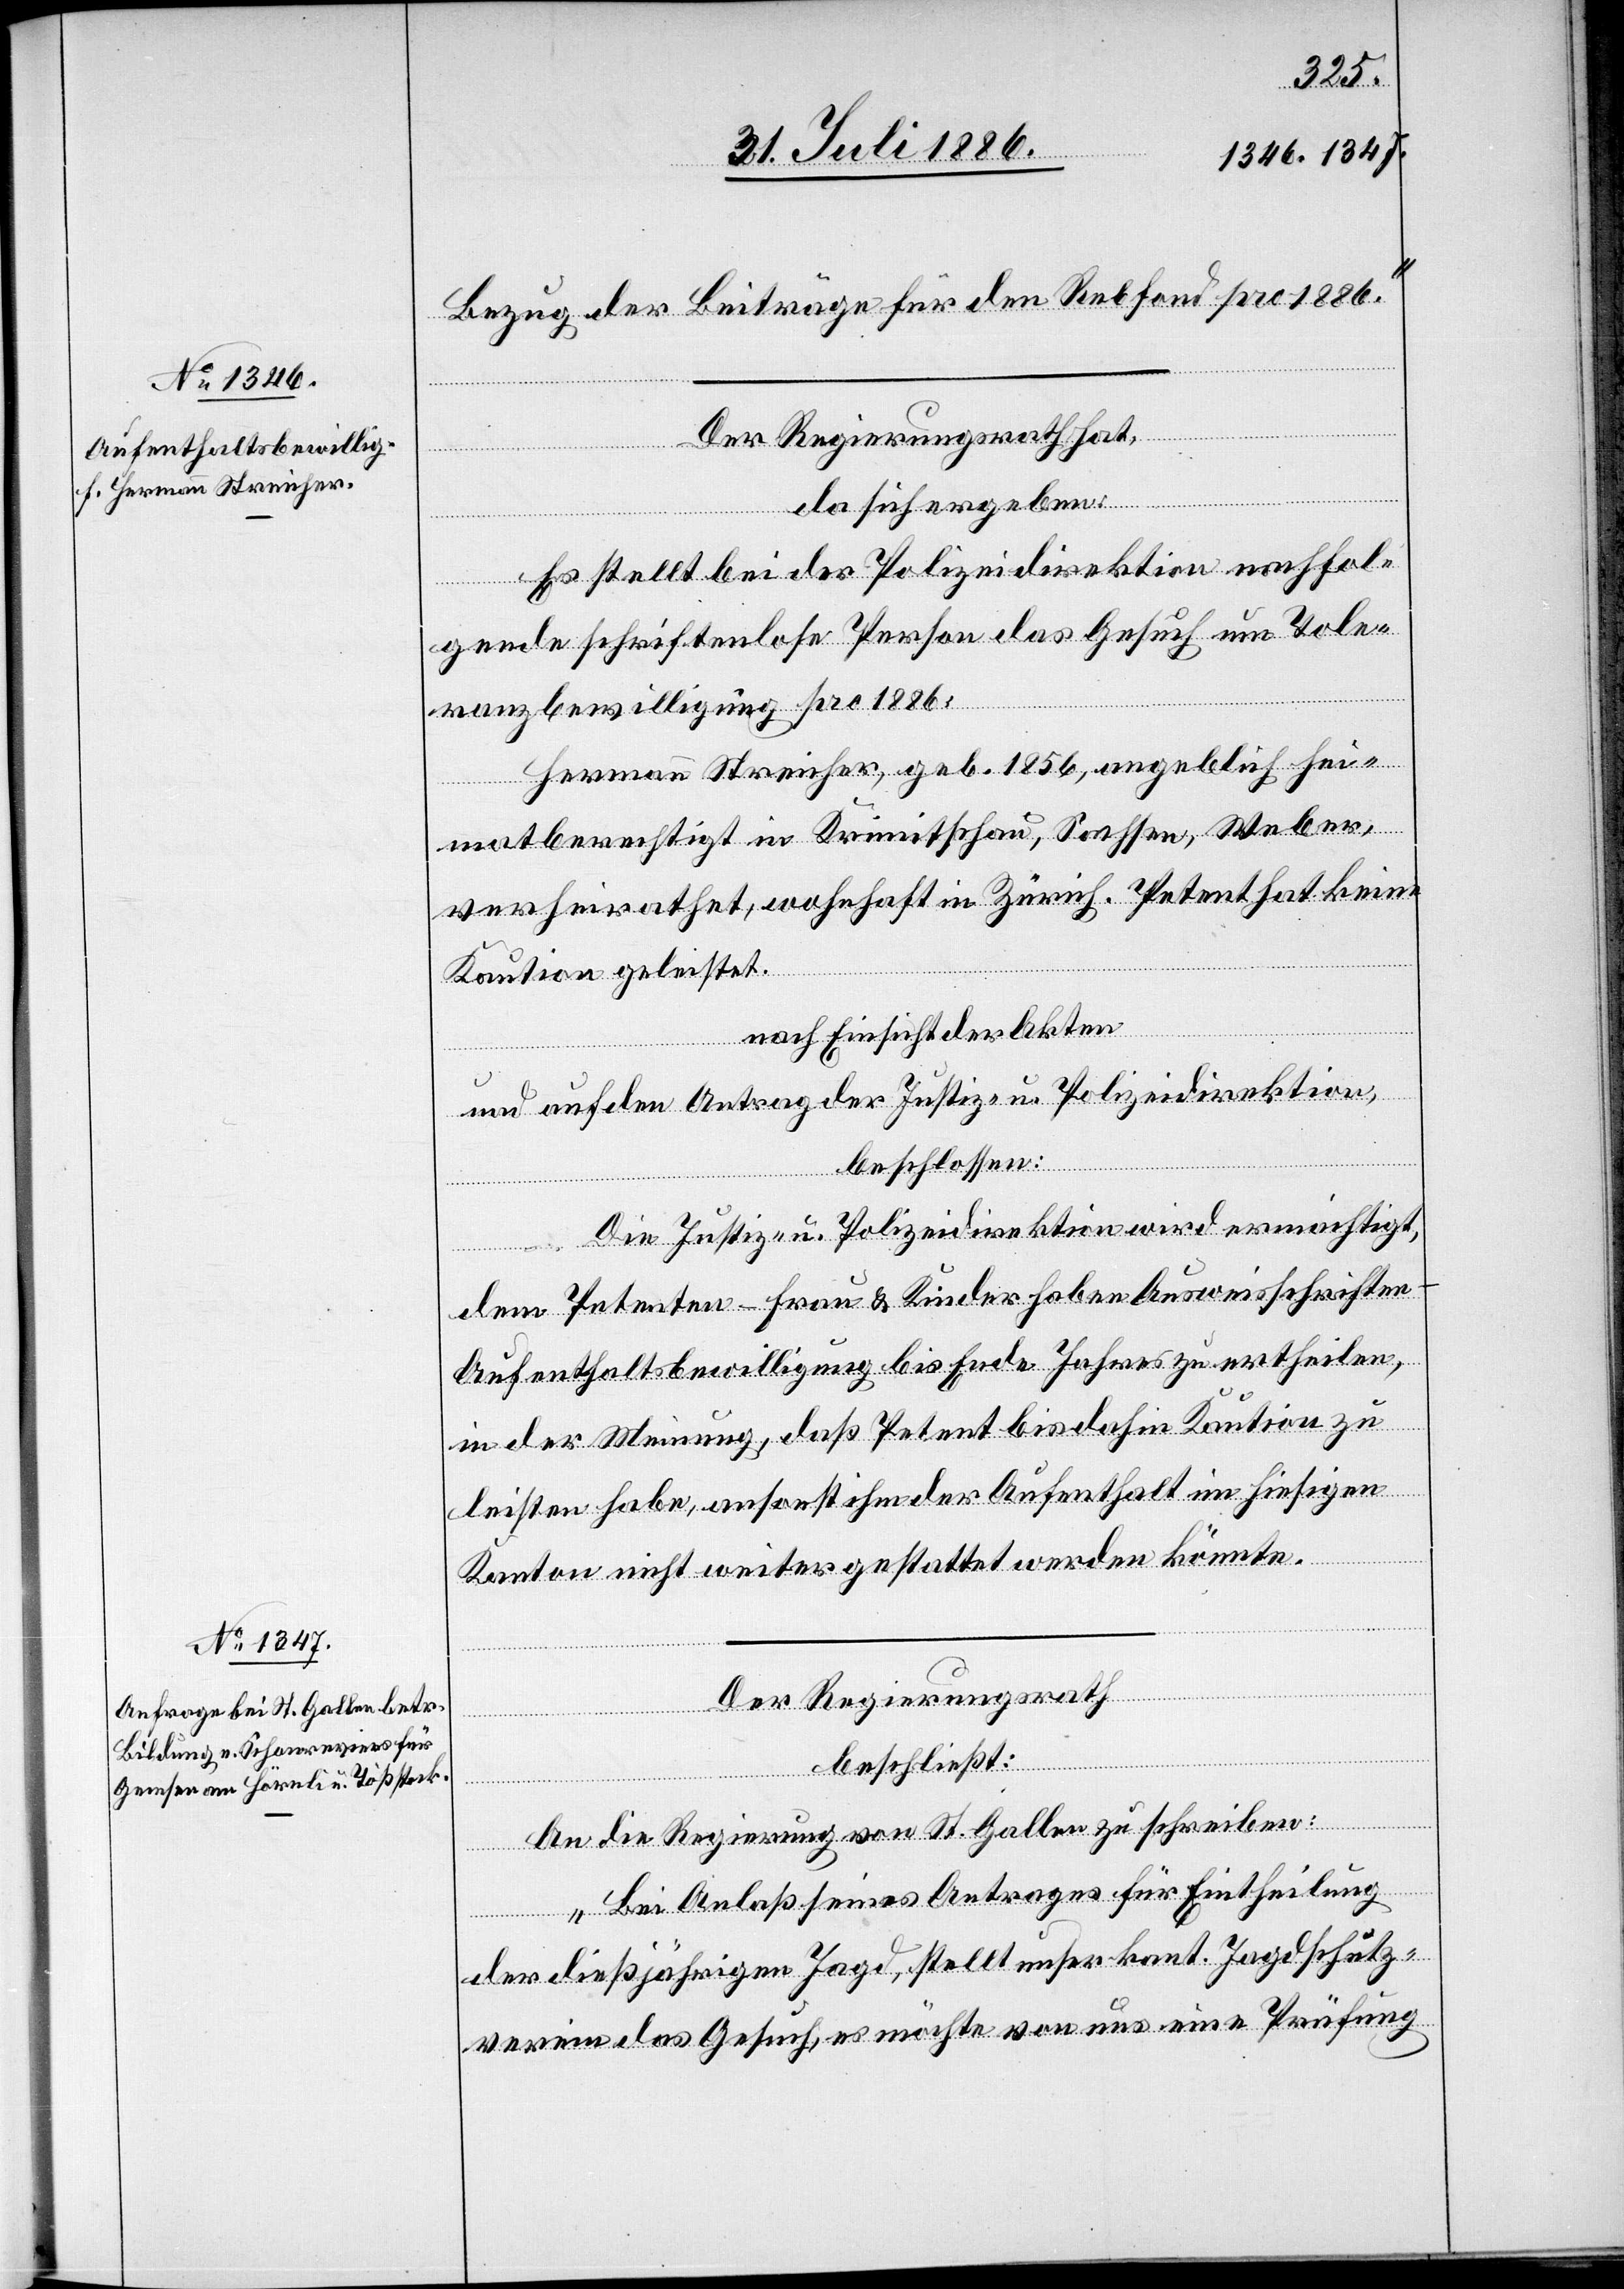
Bezug der Beiträge für den Rebfond pro 1886.“
Der Regierungsrath hat,
da sich ergeben:
Es stellt bei der Polizeidirektion nachfol¬
gende schriftenlose Person das Gesuch um Tole¬
ranzbewilligung pro 1886.
Hermann Streicher, geb. 1856, angeblich hei¬
matberechtigt in Krimitschau, Sachsen, Weber,
verheirathet, wohnhaft in Zürich. Petent hat keine
Kaution geleistet.
nach Einsicht der Akten
und auf den Antrag der Justiz- u. Polizeidirektion,
beschlossen:
Die Justiz- u. Polizeidirektion wird ermächtigt,
dem Petenten – Frau & Kinder haben Ausweisschriften
Aufenthaltsbewilligung bis Ende Jahres zu ertheilen,
in der Meinung, daß Petent bis dahin Kaution zu
leisten habe, ansonst ihm der Aufenthalt im hiesigen
Kanton nicht weiter gestattet werden könnte.
Der Regierungsrath
beschließt:
An die Regierung von St. Gallen zu schreiben:
„Bei Anlaß seines Antrages für Eintheilung
der dießjährigen Jagd, stellt unser kant. Jagdschutz¬
verein das Gesuch, es möchte von uns eine Prüfung